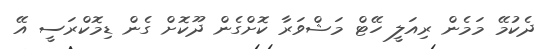
ދެކުމޭ މަމެން ރިއަލީ ހޭޓް މަޝްވަރާ ކޮށްގެން ދޫކޮށް ގެން ޑިމޮކްރަސީ އޭ